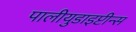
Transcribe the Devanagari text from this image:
पालीयुडाइप्टीन्स